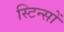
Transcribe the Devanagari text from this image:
स्टिन्सों